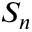
S _ { n }